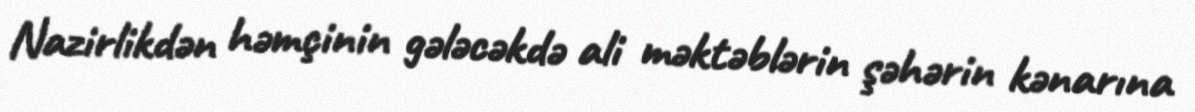
Nazirlikdən həmçinin gələcəkdə ali məktəblərin şəhərin kənarına